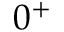
0 ^ { + }